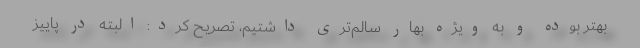
بهتر بوده و به ویژه بهار سالم‌تری داشتیم، تصریح کرد: البته در پاییز